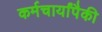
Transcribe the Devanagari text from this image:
कर्मचार्यांपैकी